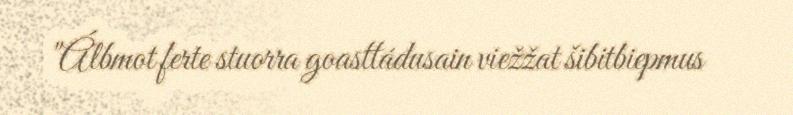
"Álbmot ferte stuorra goasttádusain viežžat šibitbiepmus